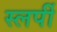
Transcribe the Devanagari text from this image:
स्लर्पी